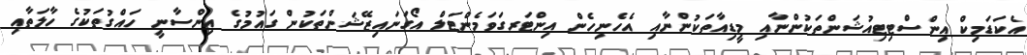
އެކަޑަމިކް އިންސްޓިޓިއުޝަންތަކުންނާއި މީޑިއާތަކުންނާއި އެހެނިހެން އިންޓަރގަވަމެންޓަލް އޯގަނައިޒޭޝަންތަކުން ގައުމުގެ އިންސާނީ ހައްގުތަކުގެ ހާލަތާއި